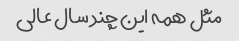
مثل همه این چند سال عالی